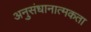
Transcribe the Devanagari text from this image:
अनुसंधानात्मकता